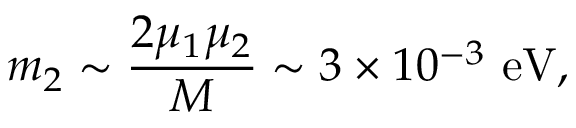
m _ { 2 } \sim { \frac { 2 \mu _ { 1 } \mu _ { 2 } } { M } } \sim 3 \times 1 0 ^ { - 3 } ~ \mathrm { e V } ,